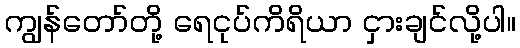
ကျွန်တော်တို့ ရေငုပ်ကိရိယာ ငှားချင်လို့ပါ။